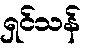
ရှင်သန်